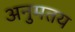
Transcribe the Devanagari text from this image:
अनुमतय